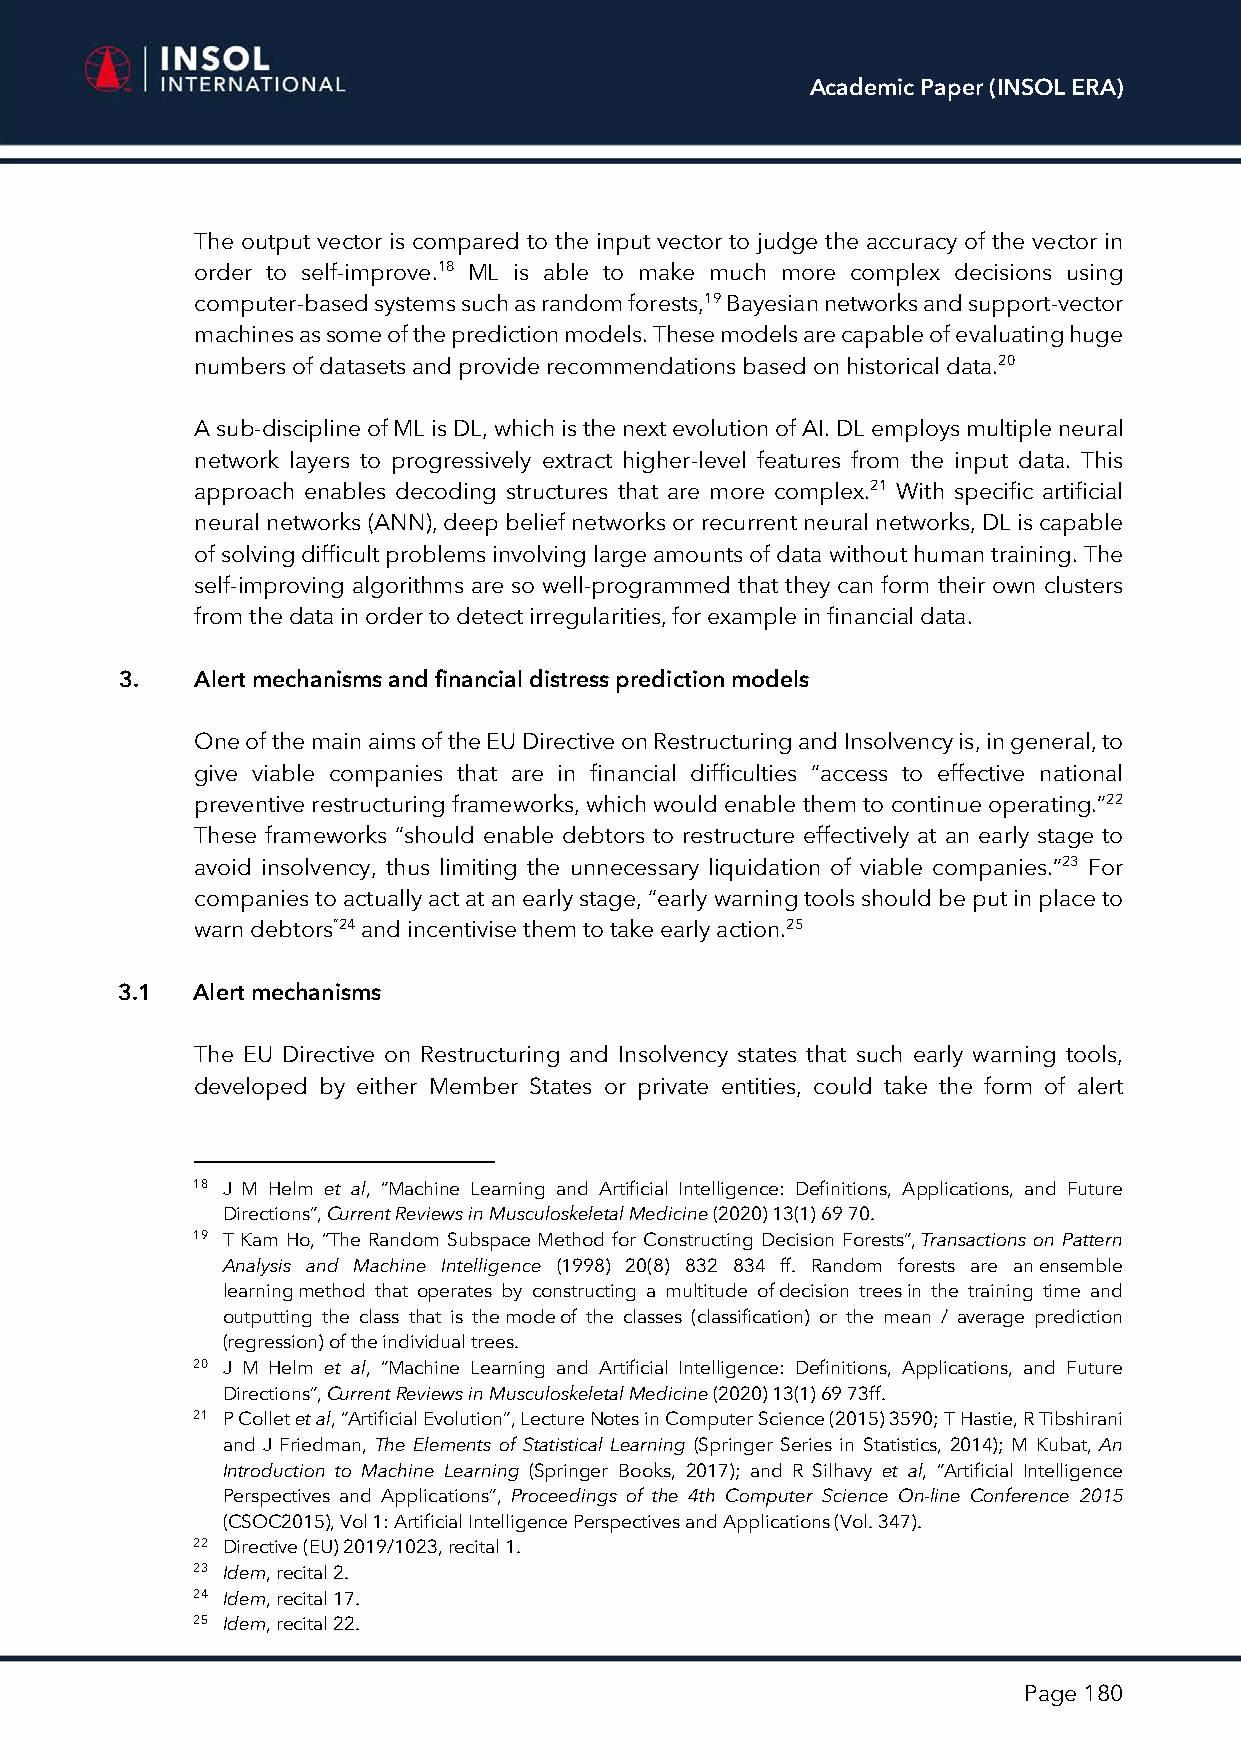
Academic Paper (INSOL ERA)
 The output vector is compared to the input vector to judge the accuracy of the vector in
 order to self-improve.18 ML is able to make much more complex decisions using
 computer-based systems such as random forests,19 Bayesian networks and support-vector
 machines as some of the prediction models. These models are capable of evaluating huge
 numbers of datasets and provide recommendations based on historical data.20
 A sub-discipline of ML is DL, which is the next evolution of AI. DL employs multiple neural
 network layers to progressively extract higher-level features from the input data. This
 approach enables decoding structures that are more complex.21 With specific artificial
 neural networks (ANN), deep belief networks or recurrent neural networks, DL is capable
 of solving difficult problems involving large amounts of data without human training. The
 self-improving algorithms are so well-programmed that they can form their own clusters
 from the data in order to detect irregularities, for example in financial data.
 3.   Alert mechanisms and financial distress prediction models
 One of the main aims of the EU Directive on Restructuring and Insolvency is, in general, to
 give viable companies that are in financial difficulties “access to effective national
 preventive restructuring frameworks, which would enable them to continue operating.”22
 These frameworks “should enable debtors to restructure effectively at an early stage to
 avoid insolvency, thus limiting the unnecessary liquidation of viable companies.”23 For
 companies to actually act at an early stage, “early warning tools should be put in place to
 warn debtors”24 and incentivise them to take early action.25
 3.1  Alert mechanisms
 The EU Directive on Restructuring and Insolvency states that such early warning tools,
 developed by either Member States or private entities, could take the form of alert
 18 J M Helm et al, “Machine Learning and Artificial Intelligence: Definitions, Applications, and Future
 Directions”, Current Reviews in Musculoskeletal Medicine (2020) 13(1) 69 70.
 19 T Kam Ho, “The Random Subspace Method for Constructing Decision Forests”, Transactions on Pattern
 Analysis and Machine Intelligence (1998) 20(8) 832 834 ff. Random forests are an ensemble
 learning method that operates by constructing a multitude of decision trees in the training time and
 outputting the class that is the mode of the classes (classification) or the mean / average prediction
 (regression) of the individual trees.
 20 J M Helm et al, “Machine Learning and Artificial Intelligence: Definitions, Applications, and Future
 Directions”, Current Reviews in Musculoskeletal Medicine (2020) 13(1) 69 73ff.
 21 P Collet et al, “Artificial Evolution”, Lecture Notes in Computer Science (2015) 3590; T Hastie, R Tibshirani
 and J Friedman, The Elements of Statistical Learning (Springer Series in Statistics, 2014); M Kubat, An
 Introduction to Machine Learning (Springer Books, 2017); and R Silhavy et al, “Artificial Intelligence
 Perspectives and Applications”, Proceedings of the 4th Computer Science On-line Conference 2015
 (CSOC2015), Vol 1: Artificial Intelligence Perspectives and Applications (Vol. 347).
 22 Directive (EU) 2019/1023, recital 1.
 23 Idem, recital 2.
 24 Idem, recital 17.
 25 Idem, recital 22.
 Page 180